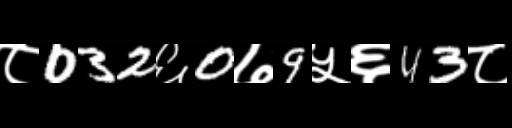
Text: ८032६0७9५६43८